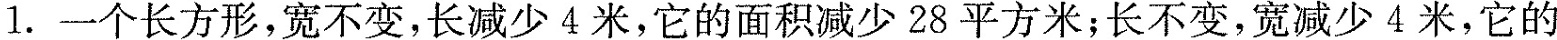
1.一个长方形，宽不变，长减少4米，它的面积减少28平方米；长不变，宽减少4米，它的